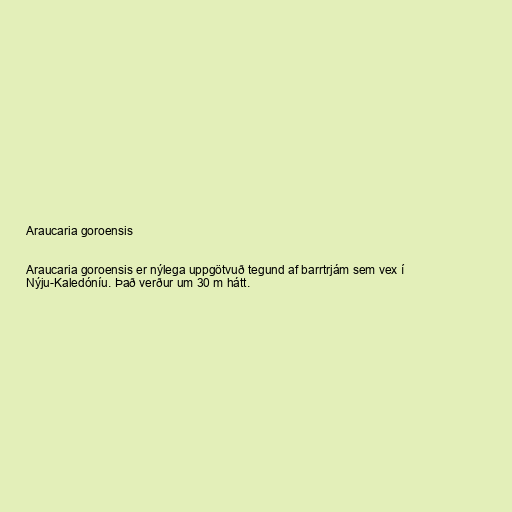
Araucaria goroensis

Araucaria goroensis er nýlega uppgötvuð tegund af barrtrjám sem vex í
Nýju-Kaledóníu. Það verður um 30 m hátt.